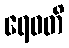
ရေဝတိ